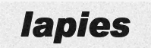
lapies